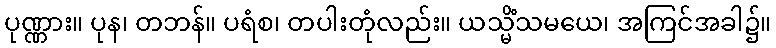
ပုဏ္ဏား။ ပုန၊ တဘန်။ ပရံစ၊ တပါးတုံလည်း။ ယသ္မိံသမယေ၊ အကြင်အခါ၌။